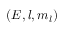
( E , l , m _ { l } )